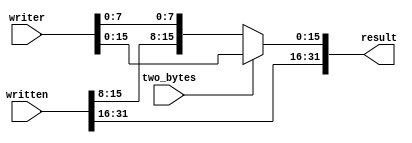
module overwrite_block(
    input wire [31:0] written, writer,
    input wire two_bytes,
    output wire [31:0] result);

    assign result = two_bytes ?
                    {written[31:16], writer[15:0]} :
                    {written[31:8], writer[7:0]};

endmodule